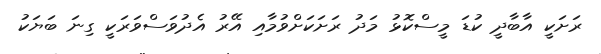
ރަށަކީ އާބާދީ ކުޑަ މީސްކޮޅު މަދު ރަށަކަށްވުމާއި އޭރު އެދުވަސްވަރަކީ ގިނަ ބަޔަކު